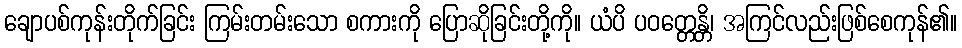
ချောပစ်ကုန်းတိုက်ခြင်း ကြမ်းတမ်းသော စကားကို ပြောဆိုခြင်းတို့ကို။ ယံပိ ပဝတ္တေန္တိ၊ အကြင်လည်းဖြစ်စေကုန်၏။